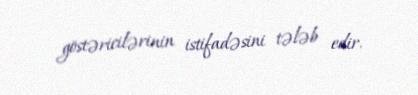
göstəricilərinin istifadəsini tələb edir.